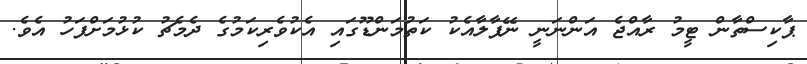
ޕާކިސްތާން ޓީމު ރާއްޖެ އަންނަނީ ނޭޕާލާއެކު ކަތުމަންޑޫގައި އެކުވެރިކަމުގެ ދެމެޗު ކުޅުމަށްފަހު އެވެ.